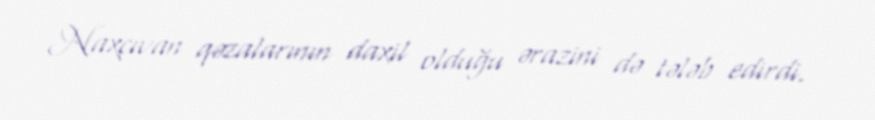
Naxçıvan qəzalarının daxil olduğu ərazini də tələb edirdi.